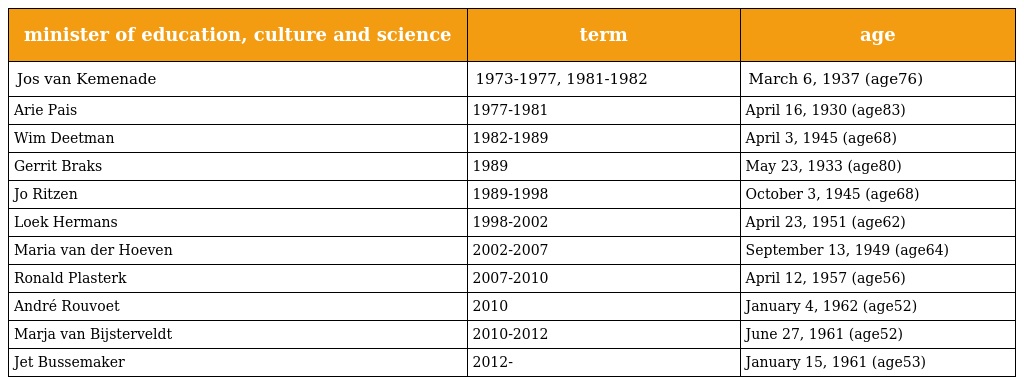
| minister of education, culture and science | term | age |
 | --- | --- | --- |
 | Jos van Kemenade | 1973-1977, 1981-1982 | March 6, 1937 (age76) |
 | Arie Pais | 1977-1981 | April 16, 1930 (age83) |
 | Wim Deetman | 1982-1989 | April 3, 1945 (age68) |
 | Gerrit Braks | 1989 | May 23, 1933 (age80) |
 | Jo Ritzen | 1989-1998 | October 3, 1945 (age68) |
 | Loek Hermans | 1998-2002 | April 23, 1951 (age62) |
 | Maria van der Hoeven | 2002-2007 | September 13, 1949 (age64) |
 | Ronald Plasterk | 2007-2010 | April 12, 1957 (age56) |
 | André Rouvoet | 2010 | January 4, 1962 (age52) |
 | Marja van Bijsterveldt | 2010-2012 | June 27, 1961 (age52) |
 | Jet Bussemaker | 2012- | January 15, 1961 (age53) |